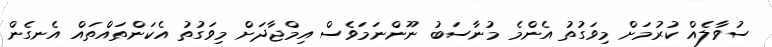
ސުވާލެއް ކުރުމަށް މިވަގުތު އެންމެ މުނާސަބު ނޫންނަމަވެސް އިމްޖާދަށް މިވަގުތު އެކަންތައްތައް އެނގެން